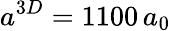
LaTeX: a^{3D}=1100\, a_{0}